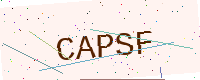
Text: CAPSF